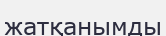
жатқанымды